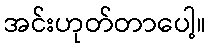
အင်းဟုတ်တာပေါ့။